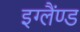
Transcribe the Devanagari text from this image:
इग्लैंण्ड